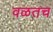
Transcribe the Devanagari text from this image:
वळतच